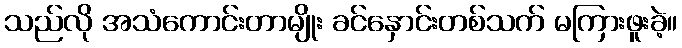
သည်လို အသံကောင်းတာမျိုး ခင်နှောင်းတစ်သက် မကြားဖူးခဲ့။